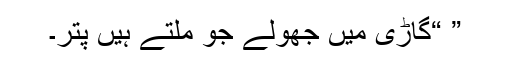
” “گاڑی میں جھولے جو ملتے ہیں پتر۔